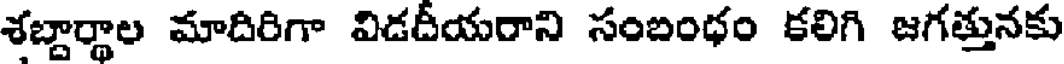
శబ్దార్ధాల మాదిరిగా విడదీయరాని సంబంధం కలిగి జగత్తునకు